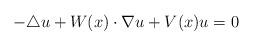
LaTeX: \begin{align*} -\triangle u+ W(x)\cdot \nabla u+V(x) u=0 \end{align*}